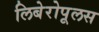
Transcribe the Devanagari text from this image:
लिबेरोपूलस